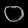
Digit: ၀